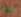
دعه